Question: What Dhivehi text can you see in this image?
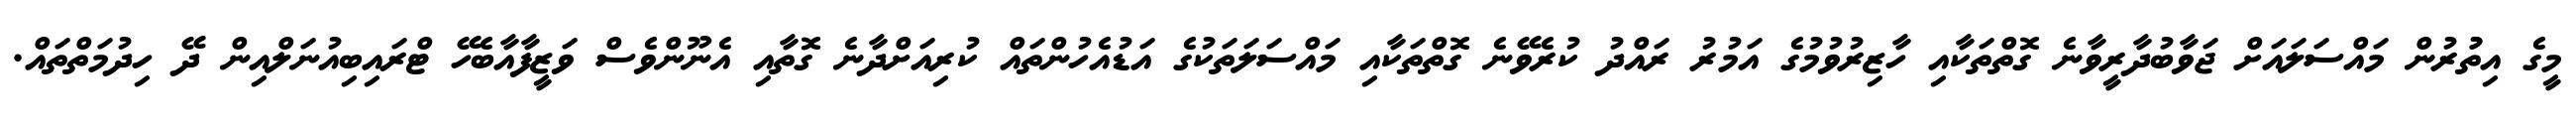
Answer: މީގެ އިތުުރުން މައްސަލައަށް ޖަވާބުދާރީވާނެ ގޮތްތަކާއި ހާޒިރުވުމުގެ އަމުރު ރައްދު ކުރެވޭނެ ގޮތްތަކާއި މައްސަލަތަކުގެ އަޑުއެހުންތައް ކުރިއަށްދާނެ ގޮތާއި އެނޫންވެސް ވަޒީފާއާބެހޭ ޓްރައިބިއުނަލްއިން ދޭ ހިދުމަތްތައް.